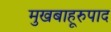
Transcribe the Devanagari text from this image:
मुखबाहूरुपाद